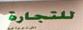
للتجارة